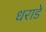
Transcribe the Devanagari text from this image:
धराडे